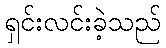
ရှင်းလင်းခဲ့သည်